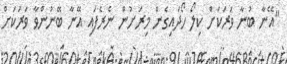
"އޭނާ ބުނާ ވަރަކަށް ކިލޯ ހޯދައިގެން މިރަށުން ނެރެފައި އޭނާ ބޭނުންވާ ވަރަކަށް